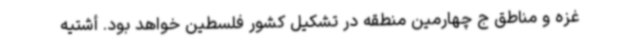
غزه و مناطق ج چهارمین منطقه در تشکیل کشور فلسطین خواهد بود. أشتیه